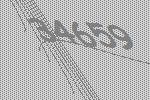
34659